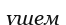
үшем